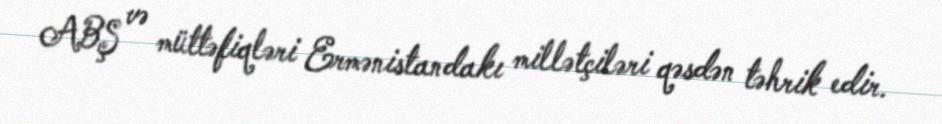
ABŞ və müttəfiqləri Ermənistandakı millətçiləri qəsdən təhrik edir.